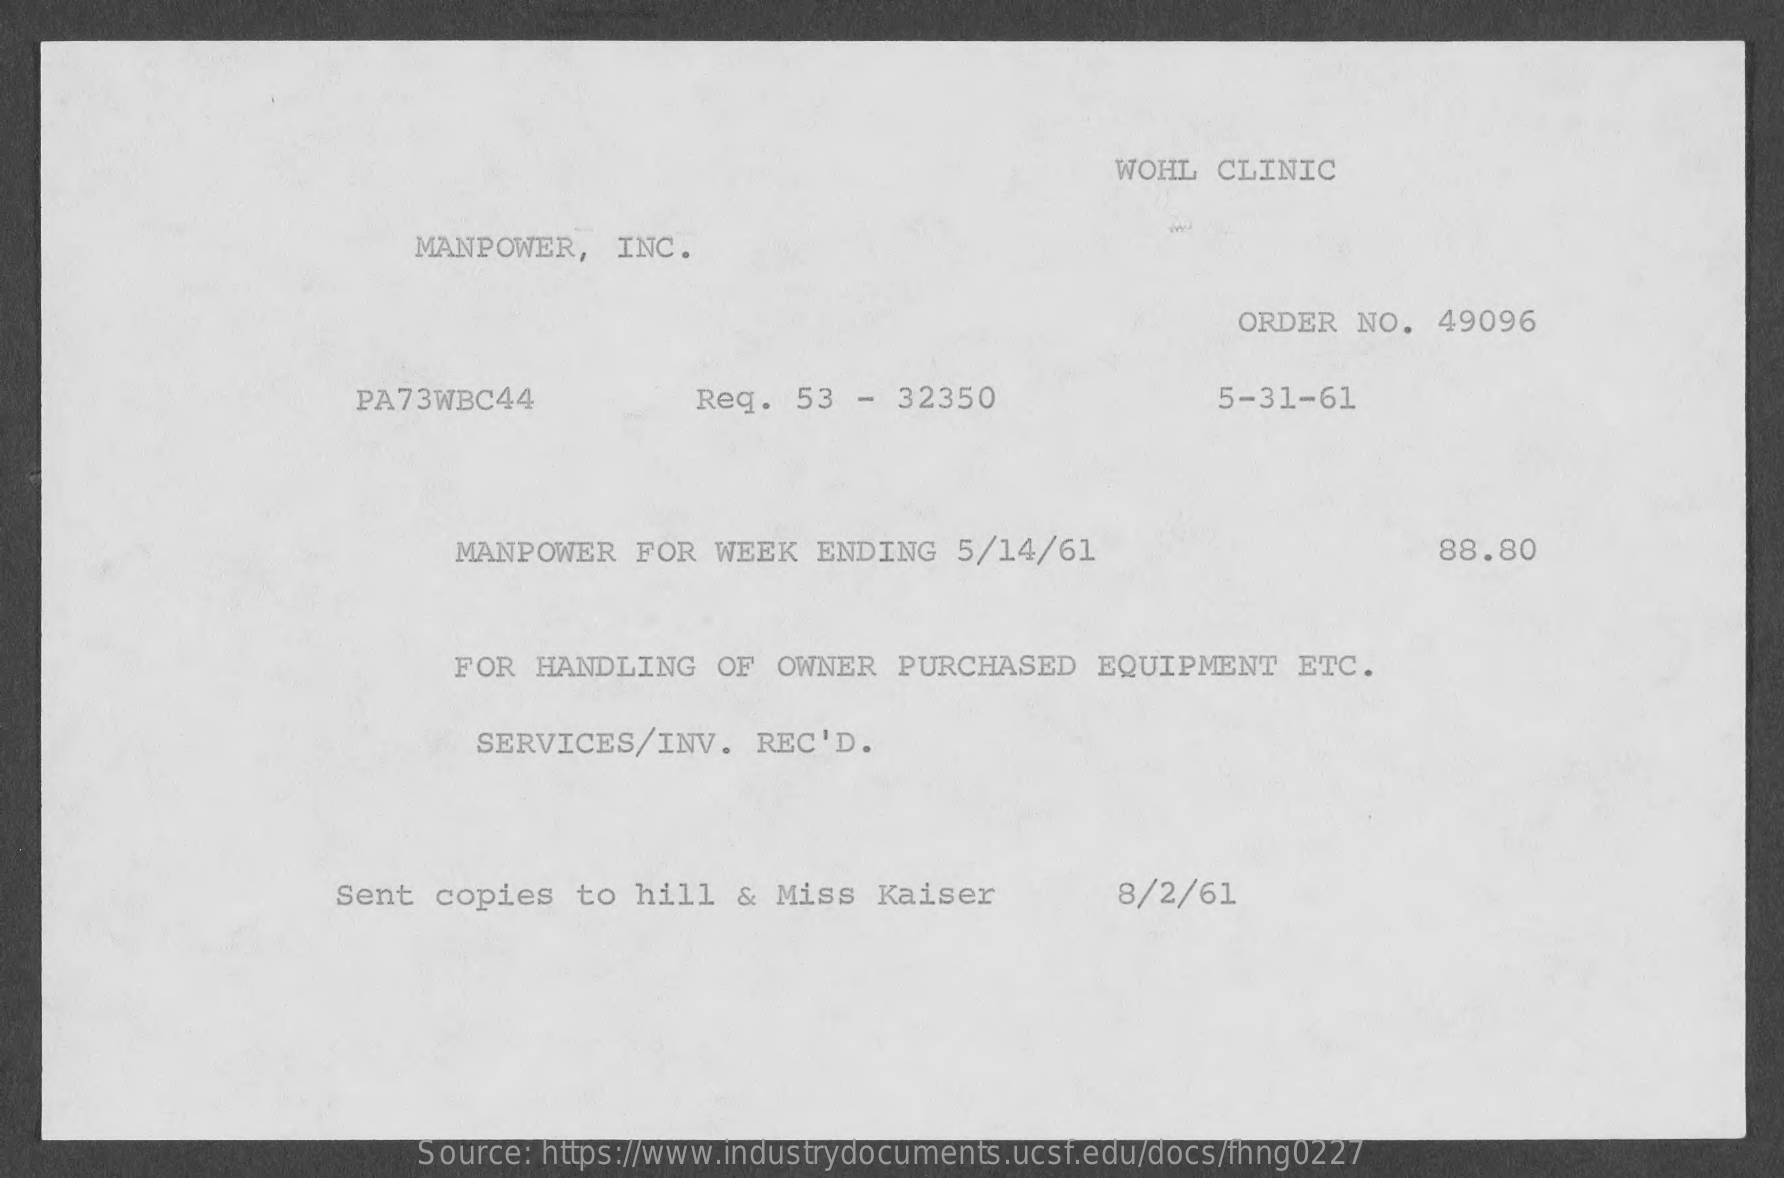
WOHL  CLINIC
     MANPOWER,    INC.
     ORDER  NO.  49096
     PA73WBC44    Reg.  53  - 32350    5-31-61
     MANPOWER   FOR  WEEK  ENDING   5/14/61    88.80
     FOR HANDLING    OF  OWNER  PURCHASED   EQUIPMENT    ETC.
     SERVICES/INV.    REC'D.
     Sent  copies   to  hill  & Miss   Kaiser    8/2/61
     Source: https://www.industrydocuments.ucsf.edu/docs/fhng0227